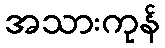
အသားကုန်